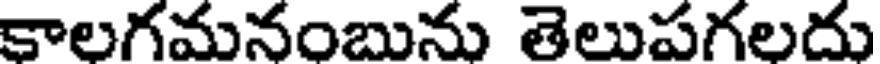
కాలగమనంబును తెలుపగలదు